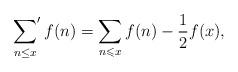
LaTeX: \begin{align*}\sideset{}{'}\sum_{n\leq x}f(n)=\sum\limits_{n \leqslant x} f(n) - \frac{1}{2}f(x), \end{align*}